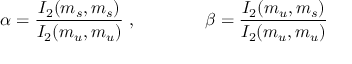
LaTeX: \alpha = \frac { I _ { 2 } ( m _ { s } , m _ { s } ) } { I _ { 2 } ( m _ { u } , m _ { u } ) } \; , \qquad \qquad \beta = \frac { I _ { 2 } ( m _ { u } , m _ { s } ) } { I _ { 2 } ( m _ { u } , m _ { u } ) }